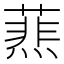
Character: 𦻹